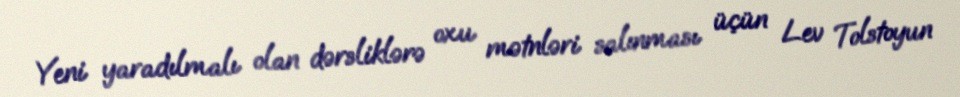
Yeni yaradılmalı olan dərsliklərə oxu mətnləri salınması üçün Lev Tolstoyun